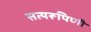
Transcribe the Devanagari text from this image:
सत्यरूपिणी